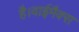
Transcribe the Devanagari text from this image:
है।वाईमैक्स